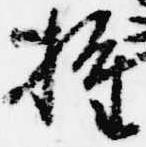
推